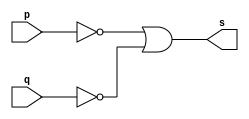
// ------------------------- 
// Exercicio0004 - NAND 
// Nome: Filipe Viana de Miranda 
// ------------------------- 
// ------------------------- 
// -- nand gate 
// ------------------------- 
module nandgate ( output s, input p,input q);
assign s = ~p | ~q;
endmodule // nandgate
// --------------------- 
// -- test nand gate 
// --------------------- 
module testnandgate; 
// ------------------------- dados locais 
reg a, b; // definir registradores 
wire s; // definir conexao (fio) 
// ------------------------- instancia 
nandgate NAND1 (s, a, b); 
// ------------------------- preparacao 
initial begin:start 
// atribuicao simultanea 
// dos valores iniciais 
a=0; b=0; 
end 
// ------------------------- parte principal 
initial begin 
$display("Exercicio0004 - Filipe Viana de Miranda - 446415"); 
$display("Test NAND gate"); 
$display("\n~a | ~b = s\n"); 
a=0; b=0; 
#1 $display("%b | %b = %b", a, b, s); 
a=0; b=1; 
#1 $display("%b | %b = %b", a, b, s); 
a=1; b=0; 
#1 $display("%b | %b = %b", a, b, s); 
a=1; b=1; 
#1 $display("%b | %b = %b", a, b, s); 
end 
endmodule // testnandgate